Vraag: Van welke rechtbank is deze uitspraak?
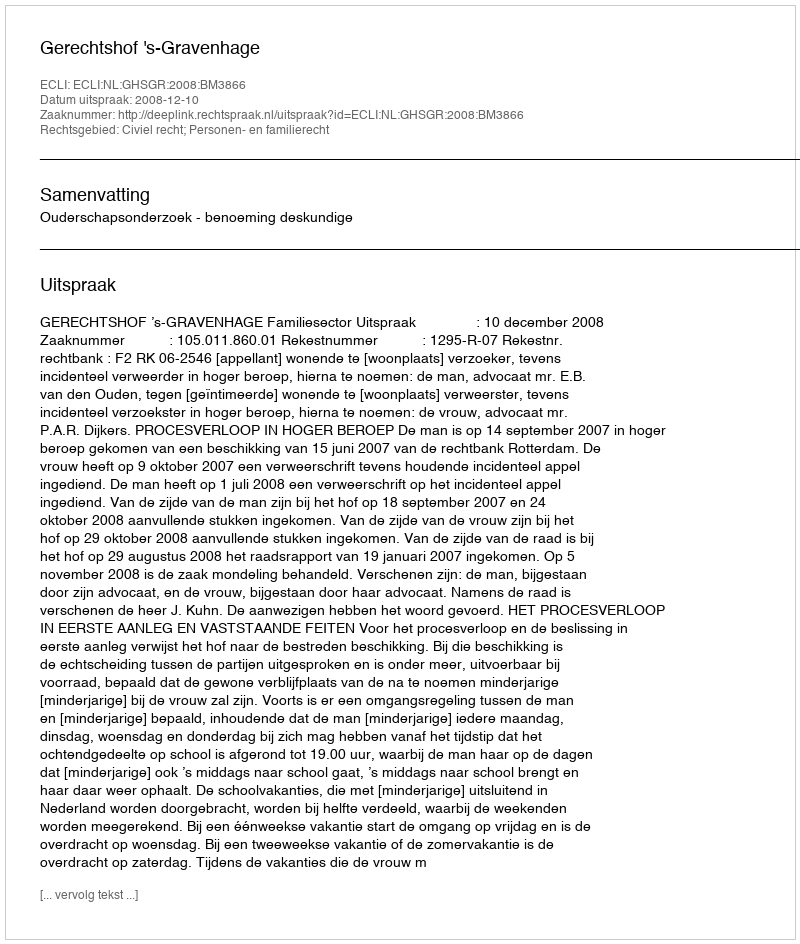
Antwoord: Gerechtshof 's-Gravenhage